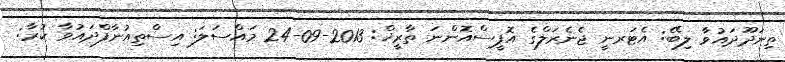
ތިނަދޫދައުވާ ލިބޭ: އެޓަރނީ ޖެނެރަލްގެ އޮފީސްއޮންނަ ތާރީޚް: 2013-09-24 މައްސަލަ: އިސްތިއުނާފްދައުވާ ކުރާ: